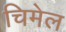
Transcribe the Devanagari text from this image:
चिमेल